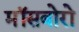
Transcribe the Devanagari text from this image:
मॉसबोरो